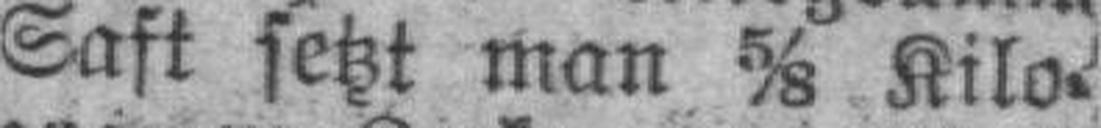
Saft setzt man 5/8 Kilo¬